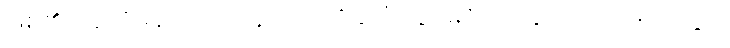
ဖြစ်၏။ ဣတိမနသိကရိတွာ၊ ဤသို့နှလုံးသွင်း၍။ ဘိက္ခူဟိ၊ ရဟန်းတို့နှင့်။